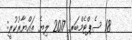
18 ސެޕްޓެމްބަރ